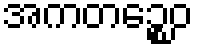
အကတဉ္စေဝ